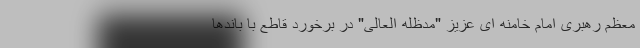
معظم رهبری امام خامنه ای عزیز "مدظله العالی" در برخورد قاطع با باندها